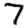
Digit: 7